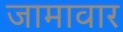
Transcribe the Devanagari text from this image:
जामावार